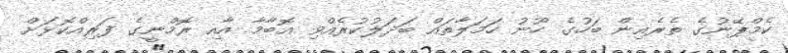
ކެމްޕޭނުގެ ތެރެއިން ބަހުގެ ހޫނު ހަމަލާތައް ބަދަލުކުރެއްވި އޮބާމާ އާއި ރޮމްނީގެ ފަރިއްކޮޅަށް